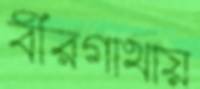
বীরগাথায়